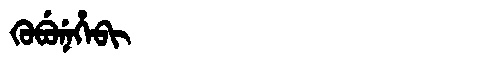
Manchu: ᡴᡠᠪᡠᠨᡝᡥᡝᠪᡳ
Romanization: KUBUNEHEBI